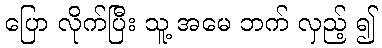
ပြော လိုက်ပြီး သူ့ အမေ ဘက် လှည့် ၍